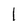
Character: I